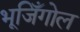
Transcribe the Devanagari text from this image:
भूजिँगोल